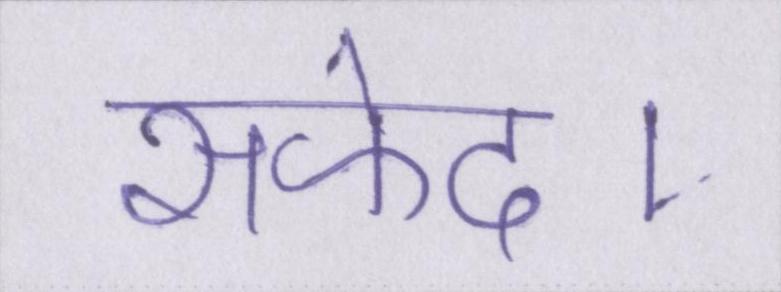
सफेद।